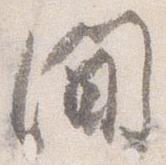
間